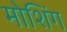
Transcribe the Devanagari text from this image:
मोशिंग